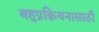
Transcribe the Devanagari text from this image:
बहुप्रक्रियनासाठी